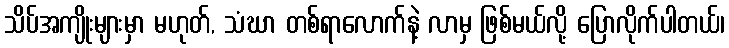
သိပ်အကျိုးများမှာ မဟုတ်, သံဃာ တစ်ရာလောက်နဲ့ လာမှ ဖြစ်မယ်လို့ ပြောလိုက်ပါတယ်၊